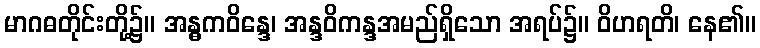
မာဂဓတိုင်းတို့၌။ အန္ဓကဝိန္ဒေ၊ အန္ဒဝိကန္ဒအမည်ရှိသော အရပ်၌။ ဝိဟရတိ၊ နေ၏။